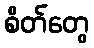
စိတ်တွေ